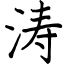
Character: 涛